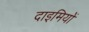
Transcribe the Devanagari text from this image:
दाइमियों